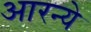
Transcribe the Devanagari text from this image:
आरन्ये